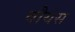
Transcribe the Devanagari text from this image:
वौयेस